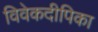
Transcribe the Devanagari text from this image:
विवेकदीपिका